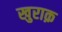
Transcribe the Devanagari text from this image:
खुराक़